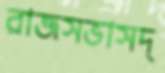
রাজসভাসদ্‌